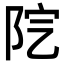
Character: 𨸵